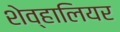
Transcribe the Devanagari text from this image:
शेव्हालियर